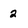
Character: 2